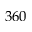
3 6 0